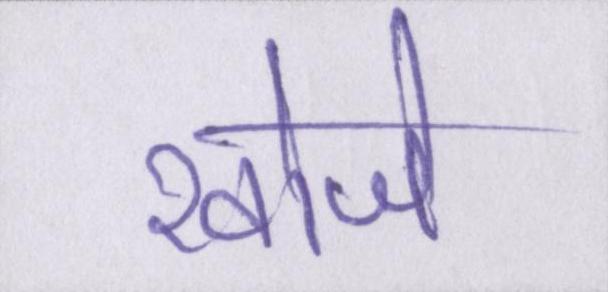
खोजे